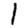
Digit: 1